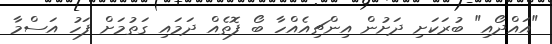
"އައްދޯއި" ބުރަކަށި ދަށުން އިންޗިއެއްހާ ބޯ ފޮތެއް ދަމައި ގަތުމަށް ފަހު އަސްމާ